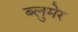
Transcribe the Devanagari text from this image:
ब्लुमेर